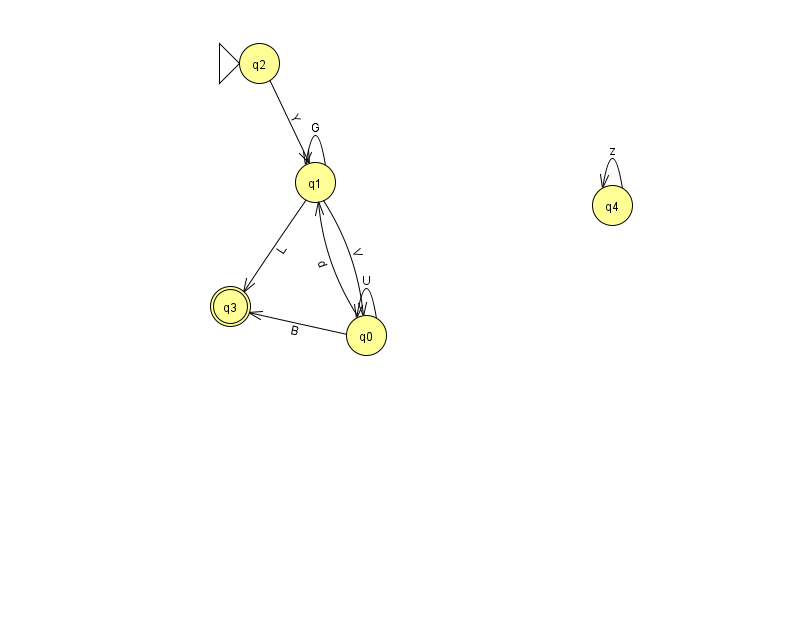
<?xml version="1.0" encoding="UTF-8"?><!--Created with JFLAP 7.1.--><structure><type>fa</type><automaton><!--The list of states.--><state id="0" name="q0"><x>366.0</x><y>322.0</y></state><state id="1" name="q1"><x>315.0</x><y>169.0</y></state><state id="2" name="q2"><x>259.0</x><y>50.0</y><initial/></state><state id="3" name="q3"><x>230.0</x><y>293.0</y><final/></state><state id="4" name="q4"><x>612.0</x><y>192.0</y></state><!--The list of transitions.--><transition><from>0</from><to>1</to><read>d</read></transition><transition><from>0</from><to>3</to><read>B</read></transition><transition><from>1</from><to>0</to><read>V</read></transition><transition><from>0</from><to>0</to><read>U</read></transition><transition><from>1</from><to>1</to><read>G</read></transition><transition><from>1</from><to>3</to><read>L</read></transition><transition><from>4</from><to>4</to><read>z</read></transition><transition><from>2</from><to>1</to><read>Y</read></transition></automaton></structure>